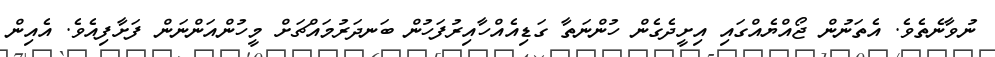
ނުވާނެތެވެ. އެތަނުން ޖޯއްޔެއްގައި އިށީދެގެން ހުންނަތާ ގަޑިއެއްހާއިރުފަހުން ބަނދަރުމައްޗަށް މީހުންއަންނަން ފަށާފިއެވެ. އެއިން